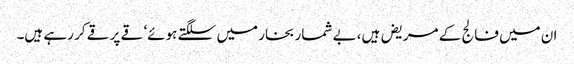
ان میں فالج کے مریض ہیں، بے شمار بخار میں سلگتے ہوئے‘ قے پر قے کر رہے ہیں۔